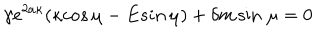
\gamma e ^ { 2 a \kappa } ( \kappa c o s \, \mu - E s i n \, \mu ) + \delta m \sin \, \mu = 0